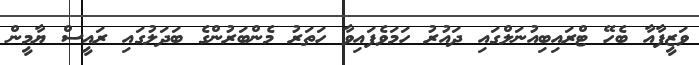
ވަޒީފާއާ ބެހޭ ޓްރައިބިއުނަލްގައި ދައުރު ހަމަވެފައިވާ ހަތަރު މެންބަރުންގެ ބަދަލުގައި ރައީސް ޔާމީން